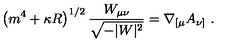
\left( m ^ { 4 } + \kappa R \right) ^ { 1 / 2 } { \frac { W _ { \mu \nu } } { \sqrt { - | W | ^ { 2 } } } } = \nabla _ { [ \mu } A _ { \nu ] } \ .